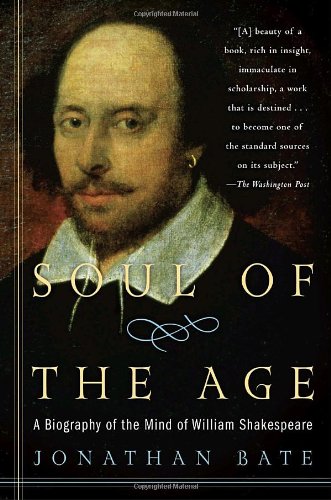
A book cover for Soul of the Age: A Biography of the Mind of William Shakespeare; Jonathan Bate; Literature & Fiction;